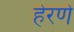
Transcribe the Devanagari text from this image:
हेरणे